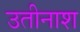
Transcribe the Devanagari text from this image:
उतीनाश